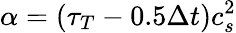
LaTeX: \alpha=(\tau_{T}-0.5\Delta t)c_{s}^{2}